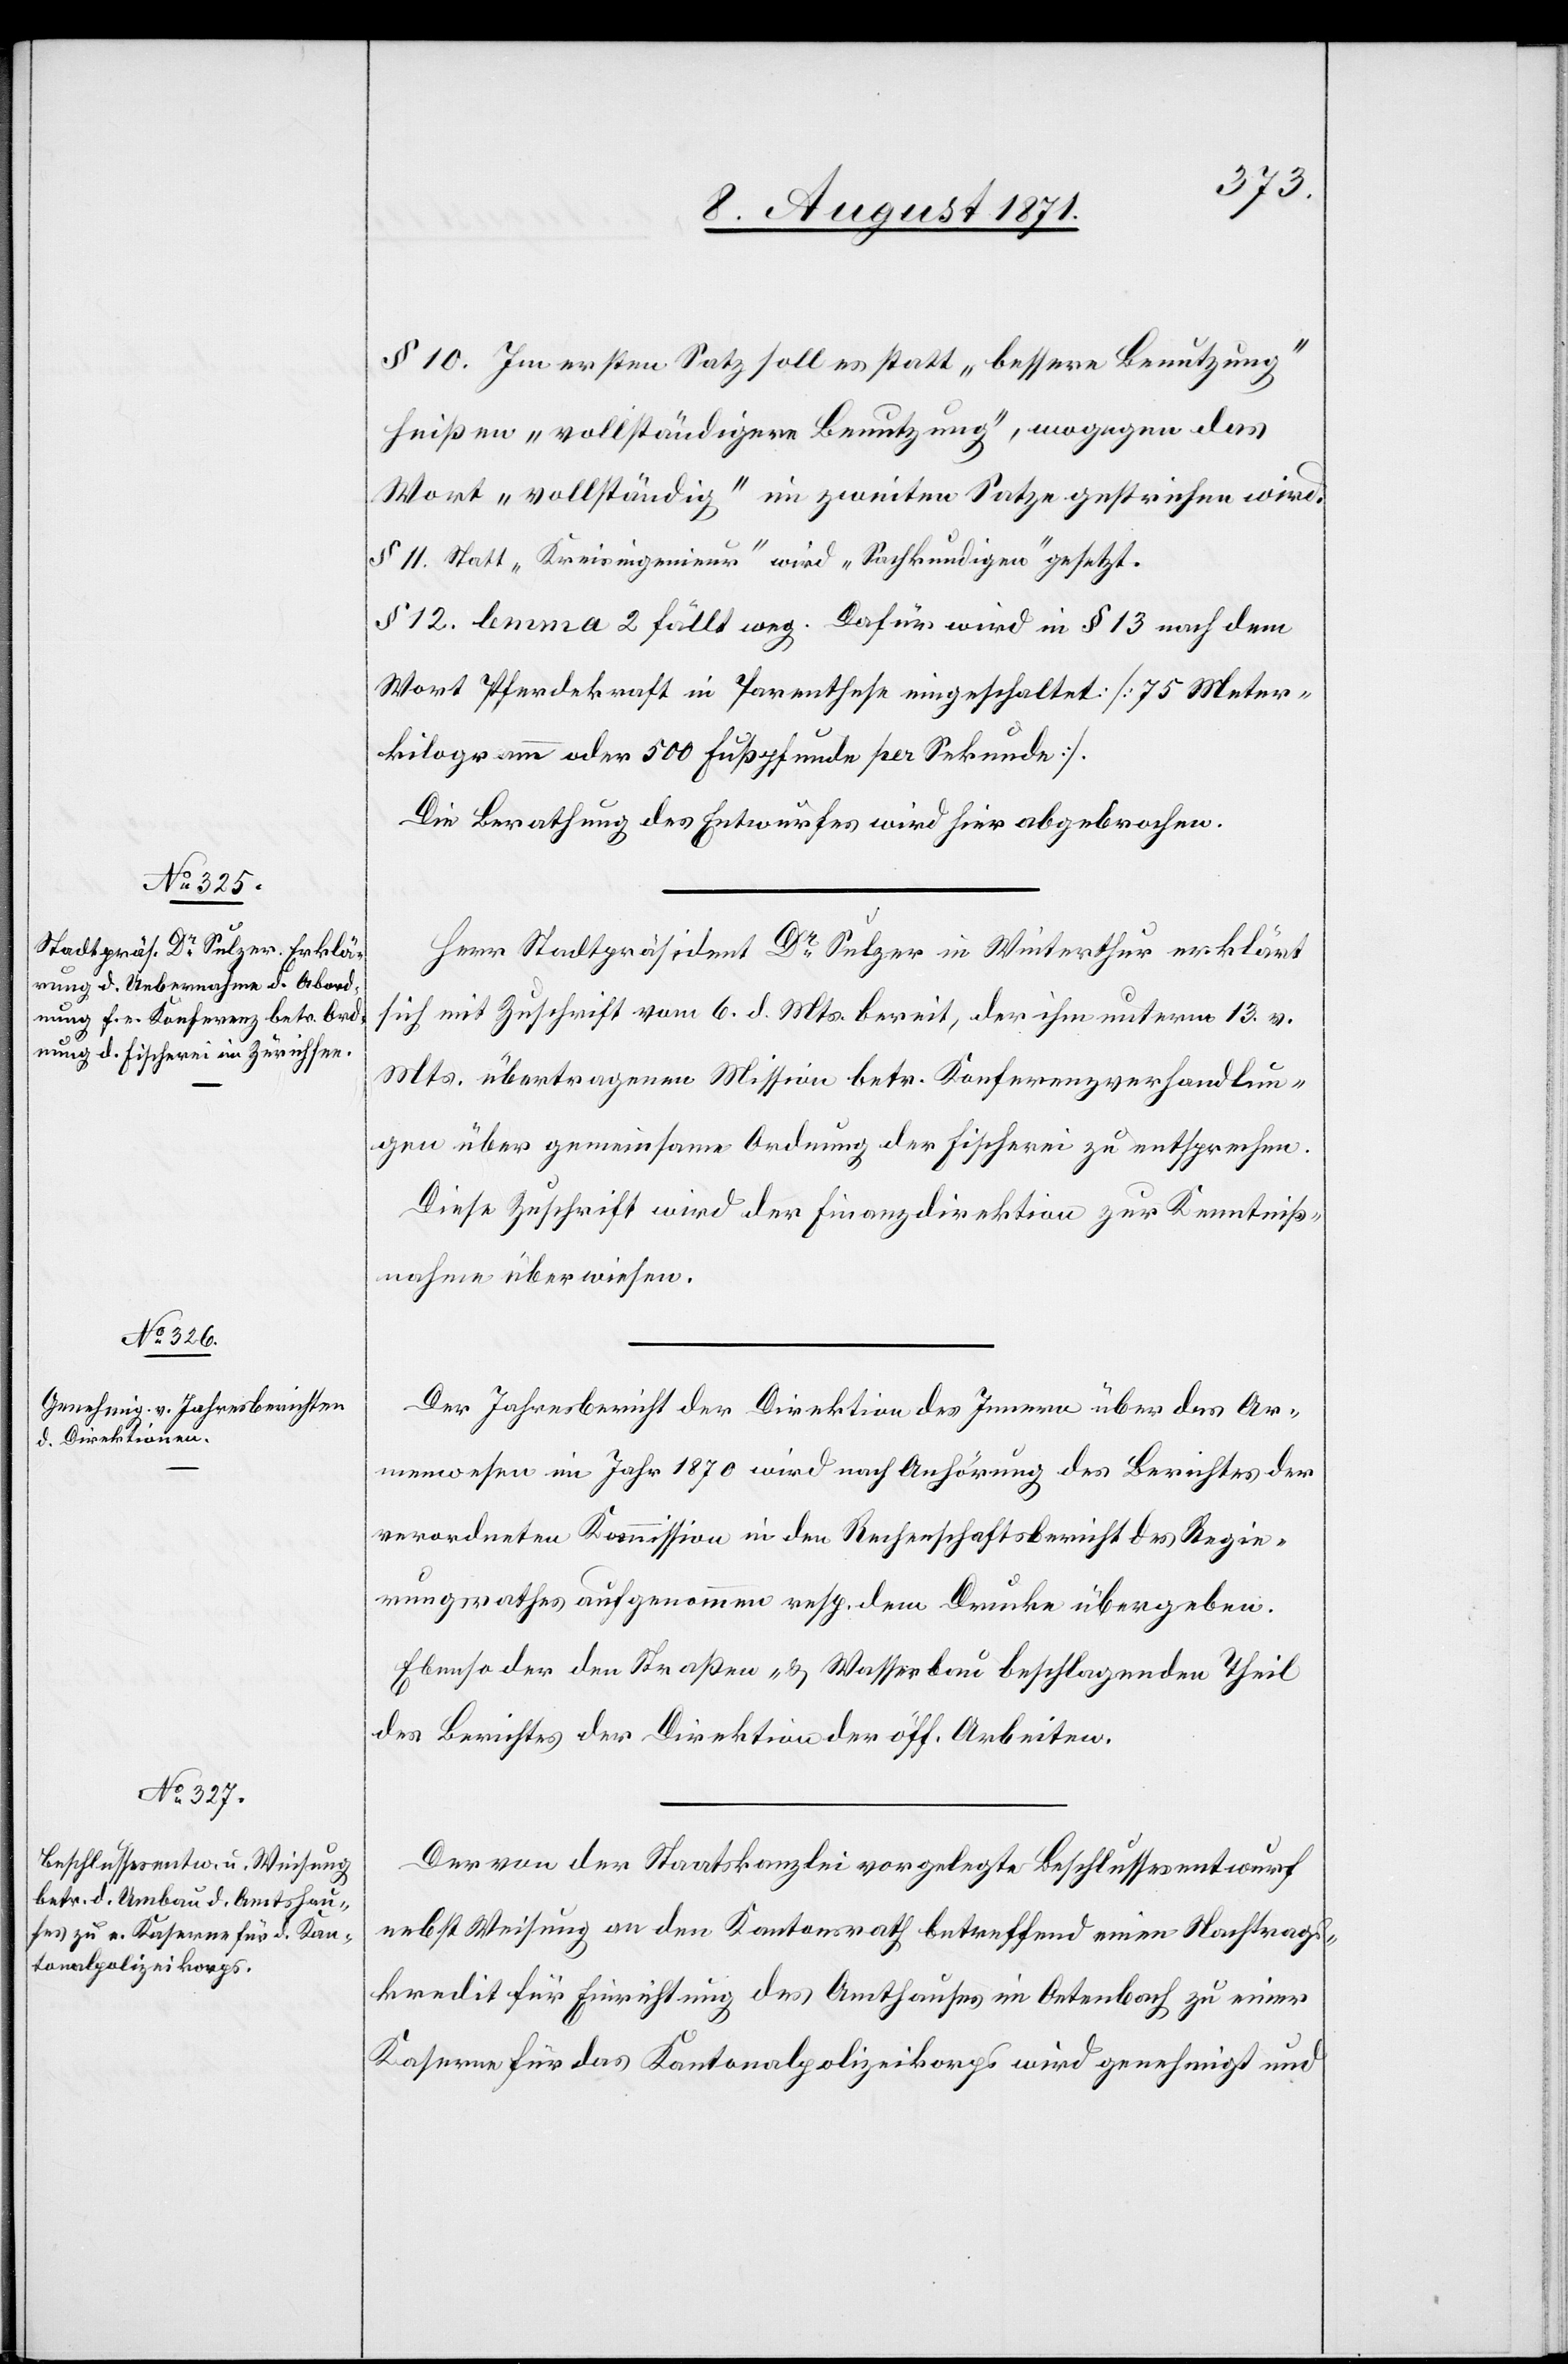
§ 10. Im ersten Satz soll es statt „bessere Benutzung“
heißen „vollständigere Benutzung“, wogegen das
Wort „vollständig“ im zweiten Satze gestrichen wird.
§ 11. Statt „Kreisingenieur“ wird „Sachkundigen“ gesetzt.
§ 12. lemma 2 fällt weg. Dafür wird in § 13 nach dem
Wort Pferdekraft in Parenthese eingeschaltet [75 Meter¬
kilogramm oder 500 Fußpfunde per Sekunde].
Die Berathung des Entwurfes wird hier abgebrochen.
Herr Stadtpräsident Dr. Sulzer in Winterthur erklärt
sich mit Zuschrift vom 6. d. Mts. bereit, der ihm unterm 13. v.
Mts. übertragenen Mission betr. Konferenzverhandlun¬
gen über gemeinsame Ordnung der Fischerei zu entsprechen.
Diese Zuschrift wird der Finanzdirektion zur Kenntniß¬
nahme überwiesen.
Der Jahresbericht der Direktion des Innern über das Ar¬
menwesen im Jahr 1870 wird nach Anhörung des Berichtes der
verordneten Kommission in den Rechenschaftsbericht des Regie¬
rungsrathes aufgenommen resp. dem Drucke übergeben.
Ebenso der den Straßen – u. Wasserbau beschlagenden Theil
des Berichtes der Direktion der öff. Arbeiten.
Der von der Staatkanzlei vorgelegte Beschlussesentwurf
nebst Weisung an den Kantonsrath betreffend einen Nachtrags¬
kredit für Einrichtung des Amthauses im Oetenbach zu einer
Kaserne für das Kantonalpolizeikorps wird genehmigt und